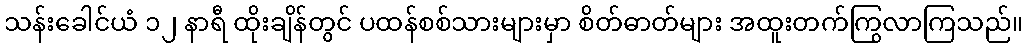
သန်းခေါင်ယံ ၁၂ နာရီ ထိုးချိန်တွင် ပထန်စစ်သားများမှာ စိတ်ဓာတ်များ အထူးတက်ကြွလာကြသည်။